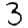
Digit: 3